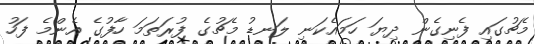
މެޗުގައި ފެނިގެން ދިޔަ ހަމައެކަނި ލަނޑު މެޗުގެ ފުރަތަމަ ހާފުގެ އެންމެ ފަހު